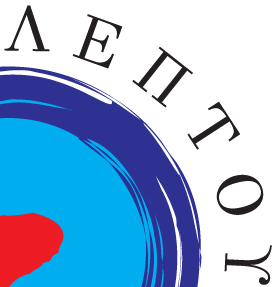
#E#TO#